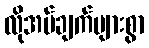
လိုအပ်ချက်များစွာ